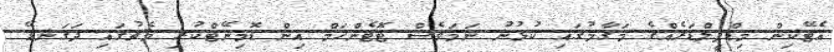
އެޓޭކިން މިޑްފީލްޑަރެއްގެ މަގާމުގައި ކުޅުނު ނަމަވެސް ޓޮޓެންހަމް އިން ޑޮމިނޭޓްކުރި މެޗުގައި ދަގަނޑޭ